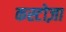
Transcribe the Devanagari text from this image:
कस्टोज़ा